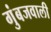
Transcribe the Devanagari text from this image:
गुंबजवाली